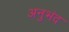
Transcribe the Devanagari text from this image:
अनुभंद